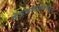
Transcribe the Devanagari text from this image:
देऊळवाड्याकडून